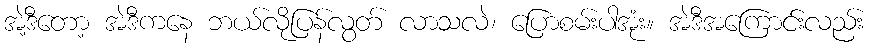
အဲ့ဒီတော့ အဲဒီကနေ ဘယ်လိုပြန်လွတ် လာသလဲ၊ ပြောစမ်းပါအုံး။ အဲဒီအကြောင်းလည်း